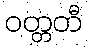
ဝတ္တတီ